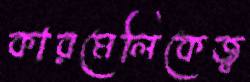
কারমেলিকেজ্ব